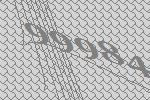
99984